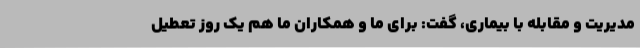
مدیریت و مقابله با بیماری، گفت: برای ما و همکاران ما هم یک روز تعطیل